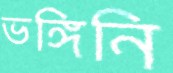
ভঙ্গিনি